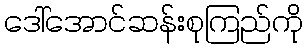
ဒေါ်အောင်ဆန်းစုကြည်ကို